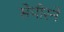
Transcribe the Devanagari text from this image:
सेपीरने